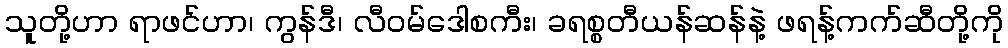
သူတို့ဟာ ရာဖင်ဟာ၊ ကွန်ဒီ၊ လီဝမ်ဒေါစကီး၊ ခရစ္စတီယန်ဆန်နဲ့ ဖရန့်ကက်ဆီတို့ကို